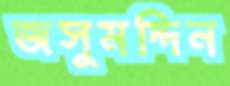
জসুমদ্দিন